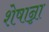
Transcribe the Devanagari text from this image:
शेषान्ना